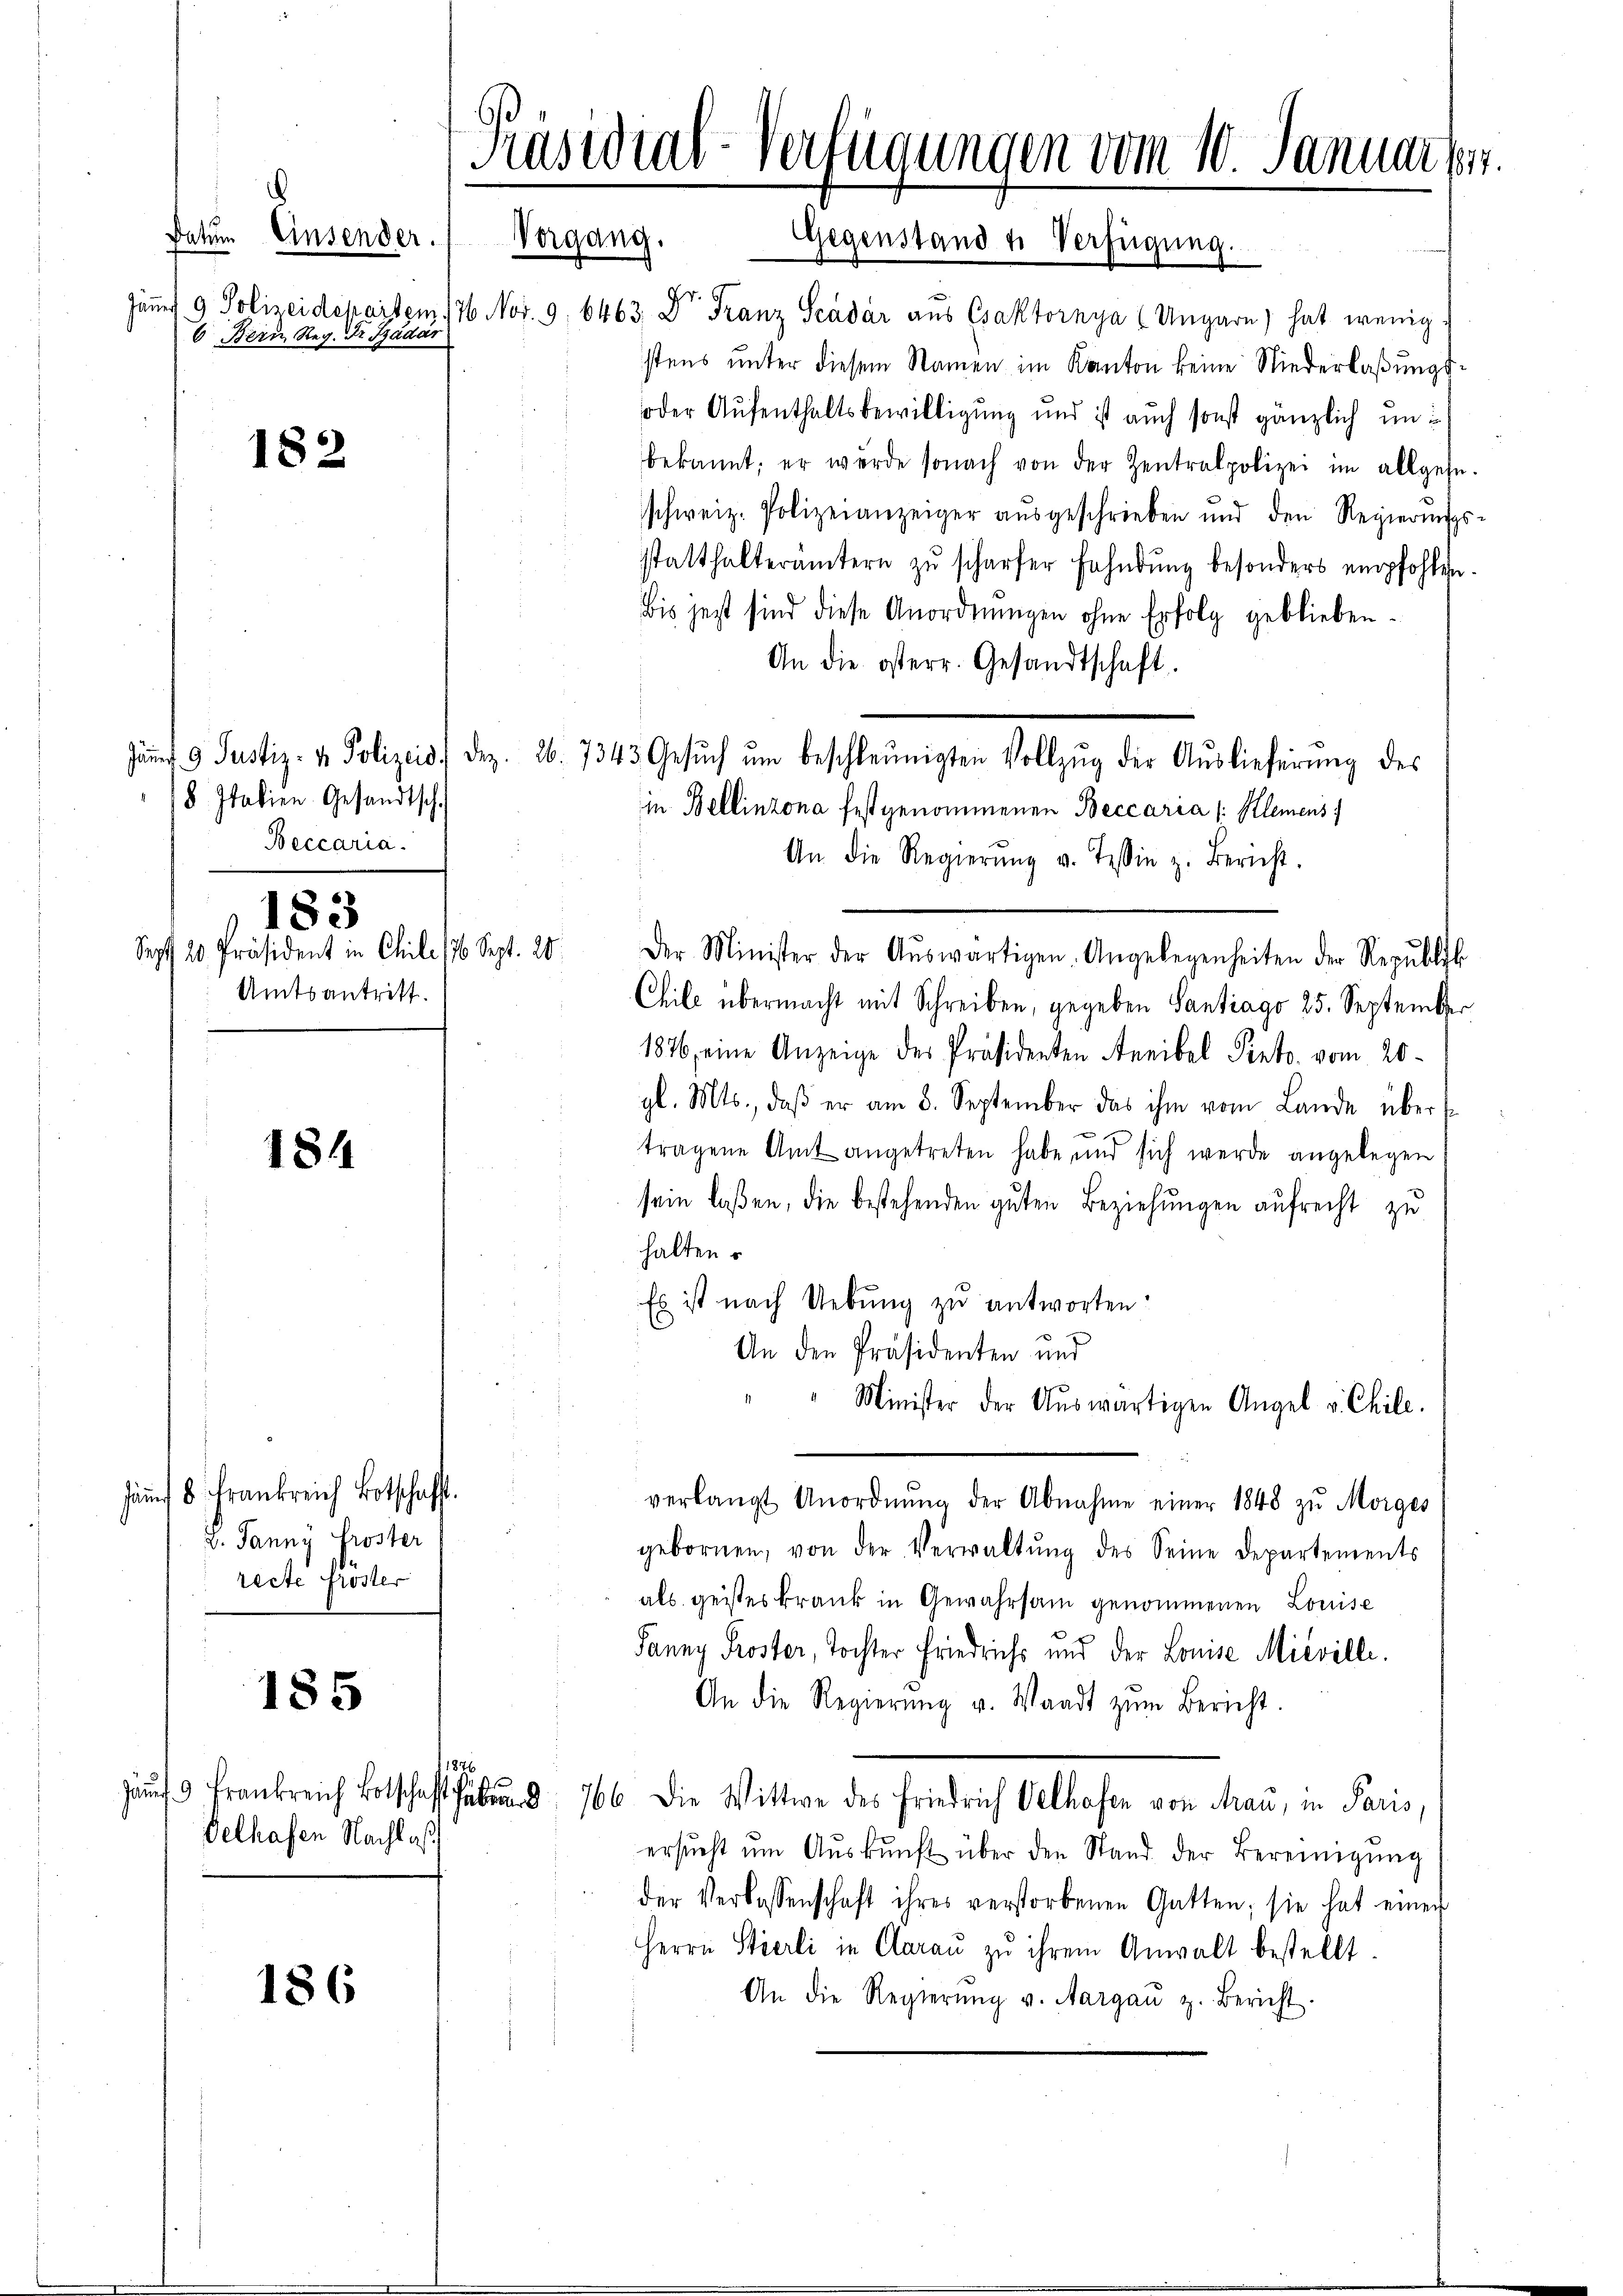
i
Datum Einsender.
6 Bern Reg. Dr. Szadár

182

18 Italien Gesandtsch.
Beccaria.
183
Amtsantritt.

184

säm 8. Frankreich Botschaft.
V. Janny froster
recte fröster

185

186

delhafen Nachlaß

Präsidial-Verfügungen vom 10. Januar 1897.
Vergang. Gegenstand 4 Verfügung.

1876

Jäng 9 Polizeidepartem 176 Nov. 9. 6463. Dr Franz Scadar aŭs Csaktornya u Ungarn) hat wenig-
stens unter diesem Namen im Kanton keine Niederlaßungs¬
oder Aufenthaltsbewilligung und ist auch sonst gänzlich un
bekannt; er wurde sonach von der Zentralpolizei im allgehe.
schweiz. Polizeianzeiger aŭsgeschrieben und den Regierŭngs-
statthalterämtern zŭ schärfer Fahndŭng besonders empfohlen.
bis jetzt sind diese Anordnungen ohne Erfolg geblieben.
An die osterr. Gesandtschaft.
An die Regierŭng v. Tessin z. Bericht.
Sepf 20 Präsident in Chile 176 Sept. 20. Der Minister der Aŭswärtigen Angelegenheiten der Republik
Chile übermacht mit Schreiben, gegeben Santrago 25. September
1876 eine Anzeige der Präsidenten Freibel Pinto. vom 20.
gl. Mts., daß er am 8. September das ihm vom Lande übers
tragene Amt angetreten habe, und sich werde angelegen
sein laßen, die bestehenden guten Beziehungen aufrecht zu
halten.
Es ist nach Uebung zu antworten:
An den Präsidenten und
Minister der Aŭswärtigen Angel v. Chile.
verlangt Anordnŭng der Abnahme einer 1848 zu Morges
gebornen, von der Verwaltŭng des Seine Departements
als geisteskrank in Gewahrsam genommenen Louiss
Fanny Proster, Tochter Friedrichs und der Louise Misville.
An die Regierŭng u. Waadt zŭm Bericht.
äŭf 9 Frankreich Botschaft hab 766 die Wittwe des Friedrich Velhofen von Frau, in Paris,
ersŭcht ŭm Aŭskŭnft über den Stand der Bereinigung
der Verlassenschaft ihres verstorbenen Gatten; sie hat einer
Herrn Stierli in Aarau zu ihrem Anwalt bestellt.
An die Regierŭng v. Aargaŭ z. Bericht.

Jam 9. Justiz- & Polizeis. Dez. 26. 7343 Gesŭch ŭm beschleunigten Vollzŭg der Aŭslieferŭng des
in Bellinzona festgenommenen Beccaria /: Klemens